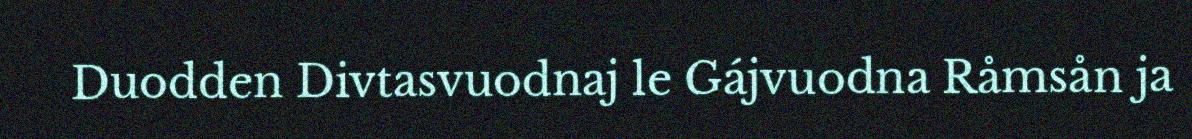
Duodden Divtasvuodnaj le Gájvuodna Råmsån ja